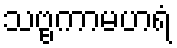
သဗ္ဗကာမဟရံ